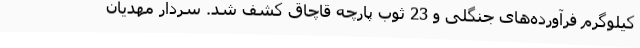
کیلوگرم فرآورده‌های جنگلی و 23 ثوب پارچه قاچاق کشف شد. سردار مهدیان